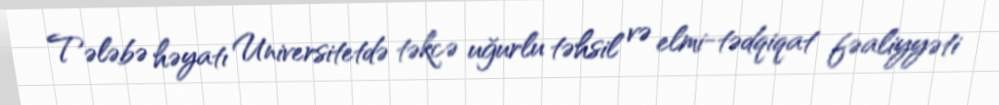
Tələbə həyatı Universitetdə təkcə uğurlu təhsil və elmi-tədqiqat fəaliyyəti